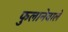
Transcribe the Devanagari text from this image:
फुलानेवाले